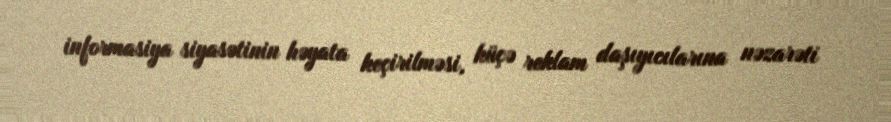
informasiya siyasətinin həyata keçirilməsi, küçə reklam daşıyıcılarına nəzarəti